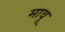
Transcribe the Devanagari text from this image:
मावू